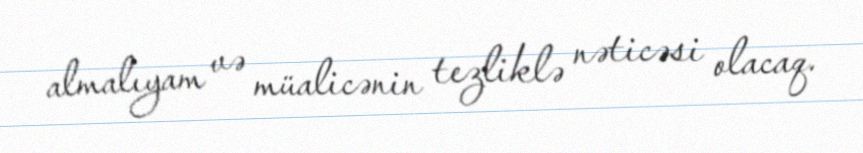
almalıyam və müalicənin tezliklə nəticəsi olacaq.